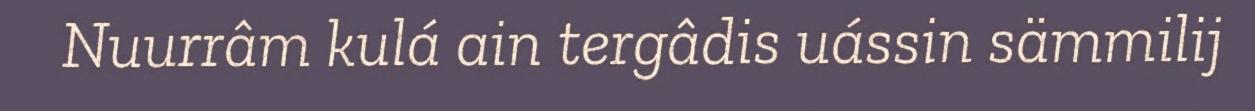
Nuurrâm kulá ain tergâdis uássin sämmilij